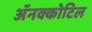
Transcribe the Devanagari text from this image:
अॅनक्कोटिल